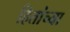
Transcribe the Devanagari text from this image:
हितांच्या